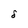
Character: 8